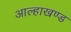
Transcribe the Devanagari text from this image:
आल्हाखण्ड